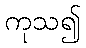
ကုသ၍